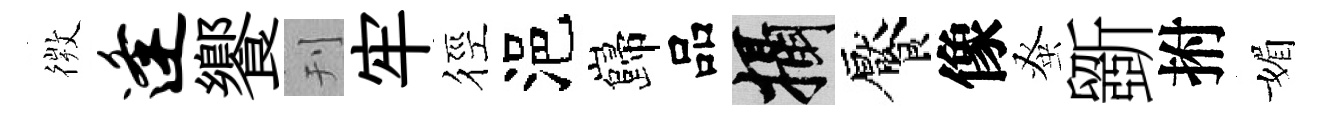
𢕄逢饗刊牢徑浥巋品攝饜像𫊫斵拊媚